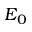
E _ { 0 }